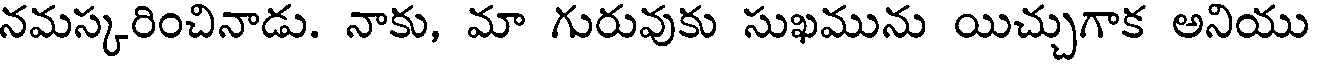
నమస్కరించినాడు. నాకు, మా గురువుకు సుఖమును యిచ్చుగాక అనియు